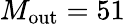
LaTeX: M_{\mathrm{out}}=51